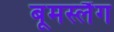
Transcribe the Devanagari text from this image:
बूमस्लैंग